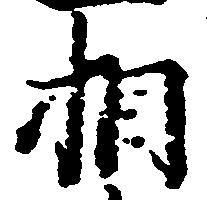
相